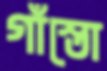
গাঁস্তো